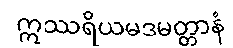
ဣဿရိယမဒမတ္တာနံ